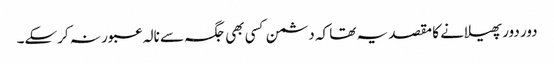
دور دور پھیلانے کا مقصد یہ تھا کہ دشمن کسی بھی جگہ سے نالہ عبور نہ کرسکے۔